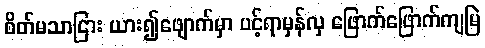
စိတ်မသာငြား ယား၍ဖျောက်မှာ ပင့်ရာမှန်လှ ဖြောက်ဖြောက်ကျမြဲ